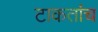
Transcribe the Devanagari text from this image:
टाकतांच